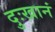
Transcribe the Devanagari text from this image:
दुःखानं